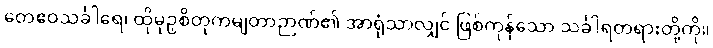
တေဧဝသင်္ခါရေ၊ ထိုမုဉှစိတုကမျတာဉာဏ်၏ အာရုံသာလျှင် ဖြစ်ကုန်သော သင်္ခါရတရားတို့ကို။